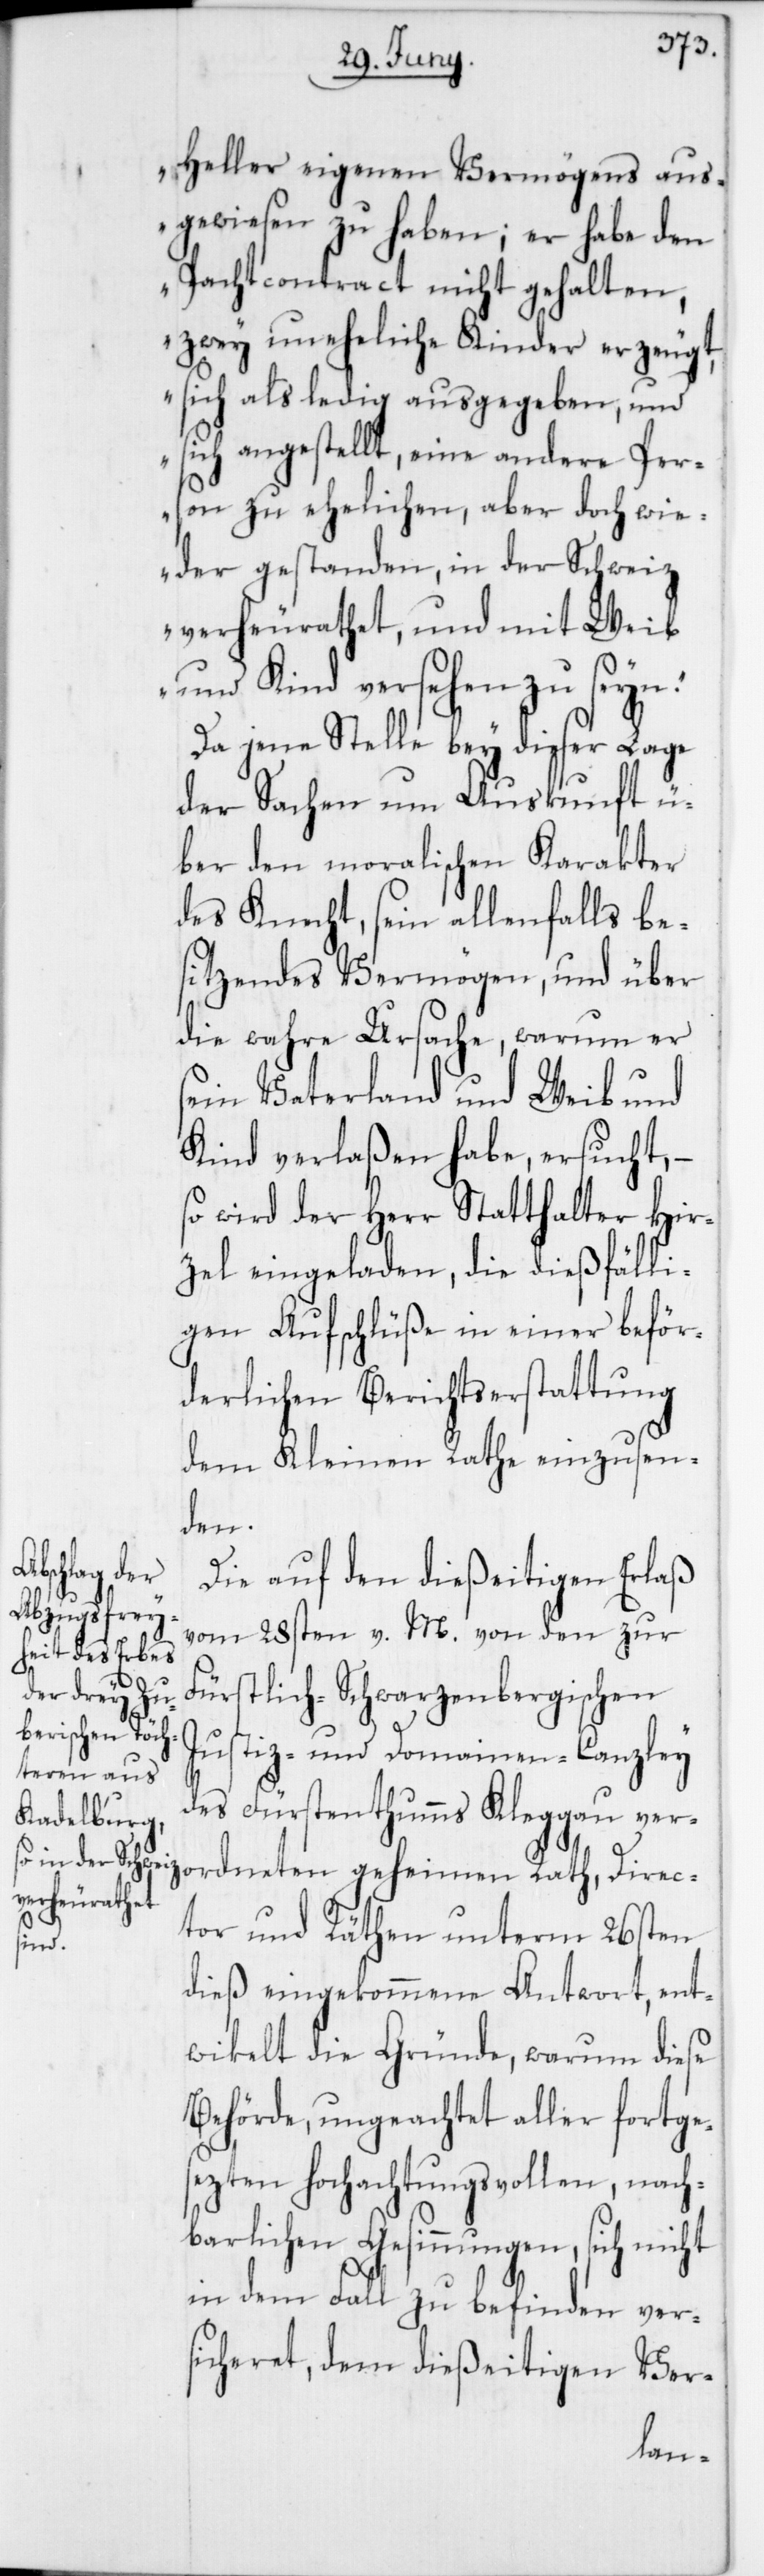
Heller eigenen Vermögens aus¬
gewiesen zu haben; er habe den
Pachtcontract nicht gehalten,
zwey uneheliche Kinder erzeugt,
sich als ledig ausgegeben und
sich angestellt, eine andere Per¬
son zu ehelichen, aber doch wie¬
der gestanden, in der Schweiz
verheurathet, und mit Weib
und Kind versehen zu seyn.“
Da jene Stelle bey dieser Lage
der Sachen um Auskunft ü¬
ber den moralischen Karakter
des Knecht, sein allenfalls be¬
sitzendes Vermögen, und über
die wahre Ursache, warum er
sein Vaterland und Weib und
Kind verlaßen habe, ersucht,
so wird der Herr Statthalter Hir¬
zel eingeladen, die dießfälli¬
gen Aufschlüße in einer beför¬
derlichen Berichtserstattung
dem Kleinen Rathe einzusen¬
den.
Die auf den dießeitigen Erlaß
vom 28sten v. M. von den zu
Fürstlich-Schwarzenbergischen
Justiz- und Domainen-Canzley
des Fürstenthumms Kleggau ver¬
Direc¬
tor und Räthen unterm 26sten
dieß eingekommene Antwort, ent¬
wikelt die Gründe, warum diese
Behörde, ungeachtet aller fortge¬
sezten hochachtungsvollen, nach¬
barlichen Gesinnungen, sich nicht
in dem Fall zu befinden ver¬
sicheret, dem dießeitigen Ver-